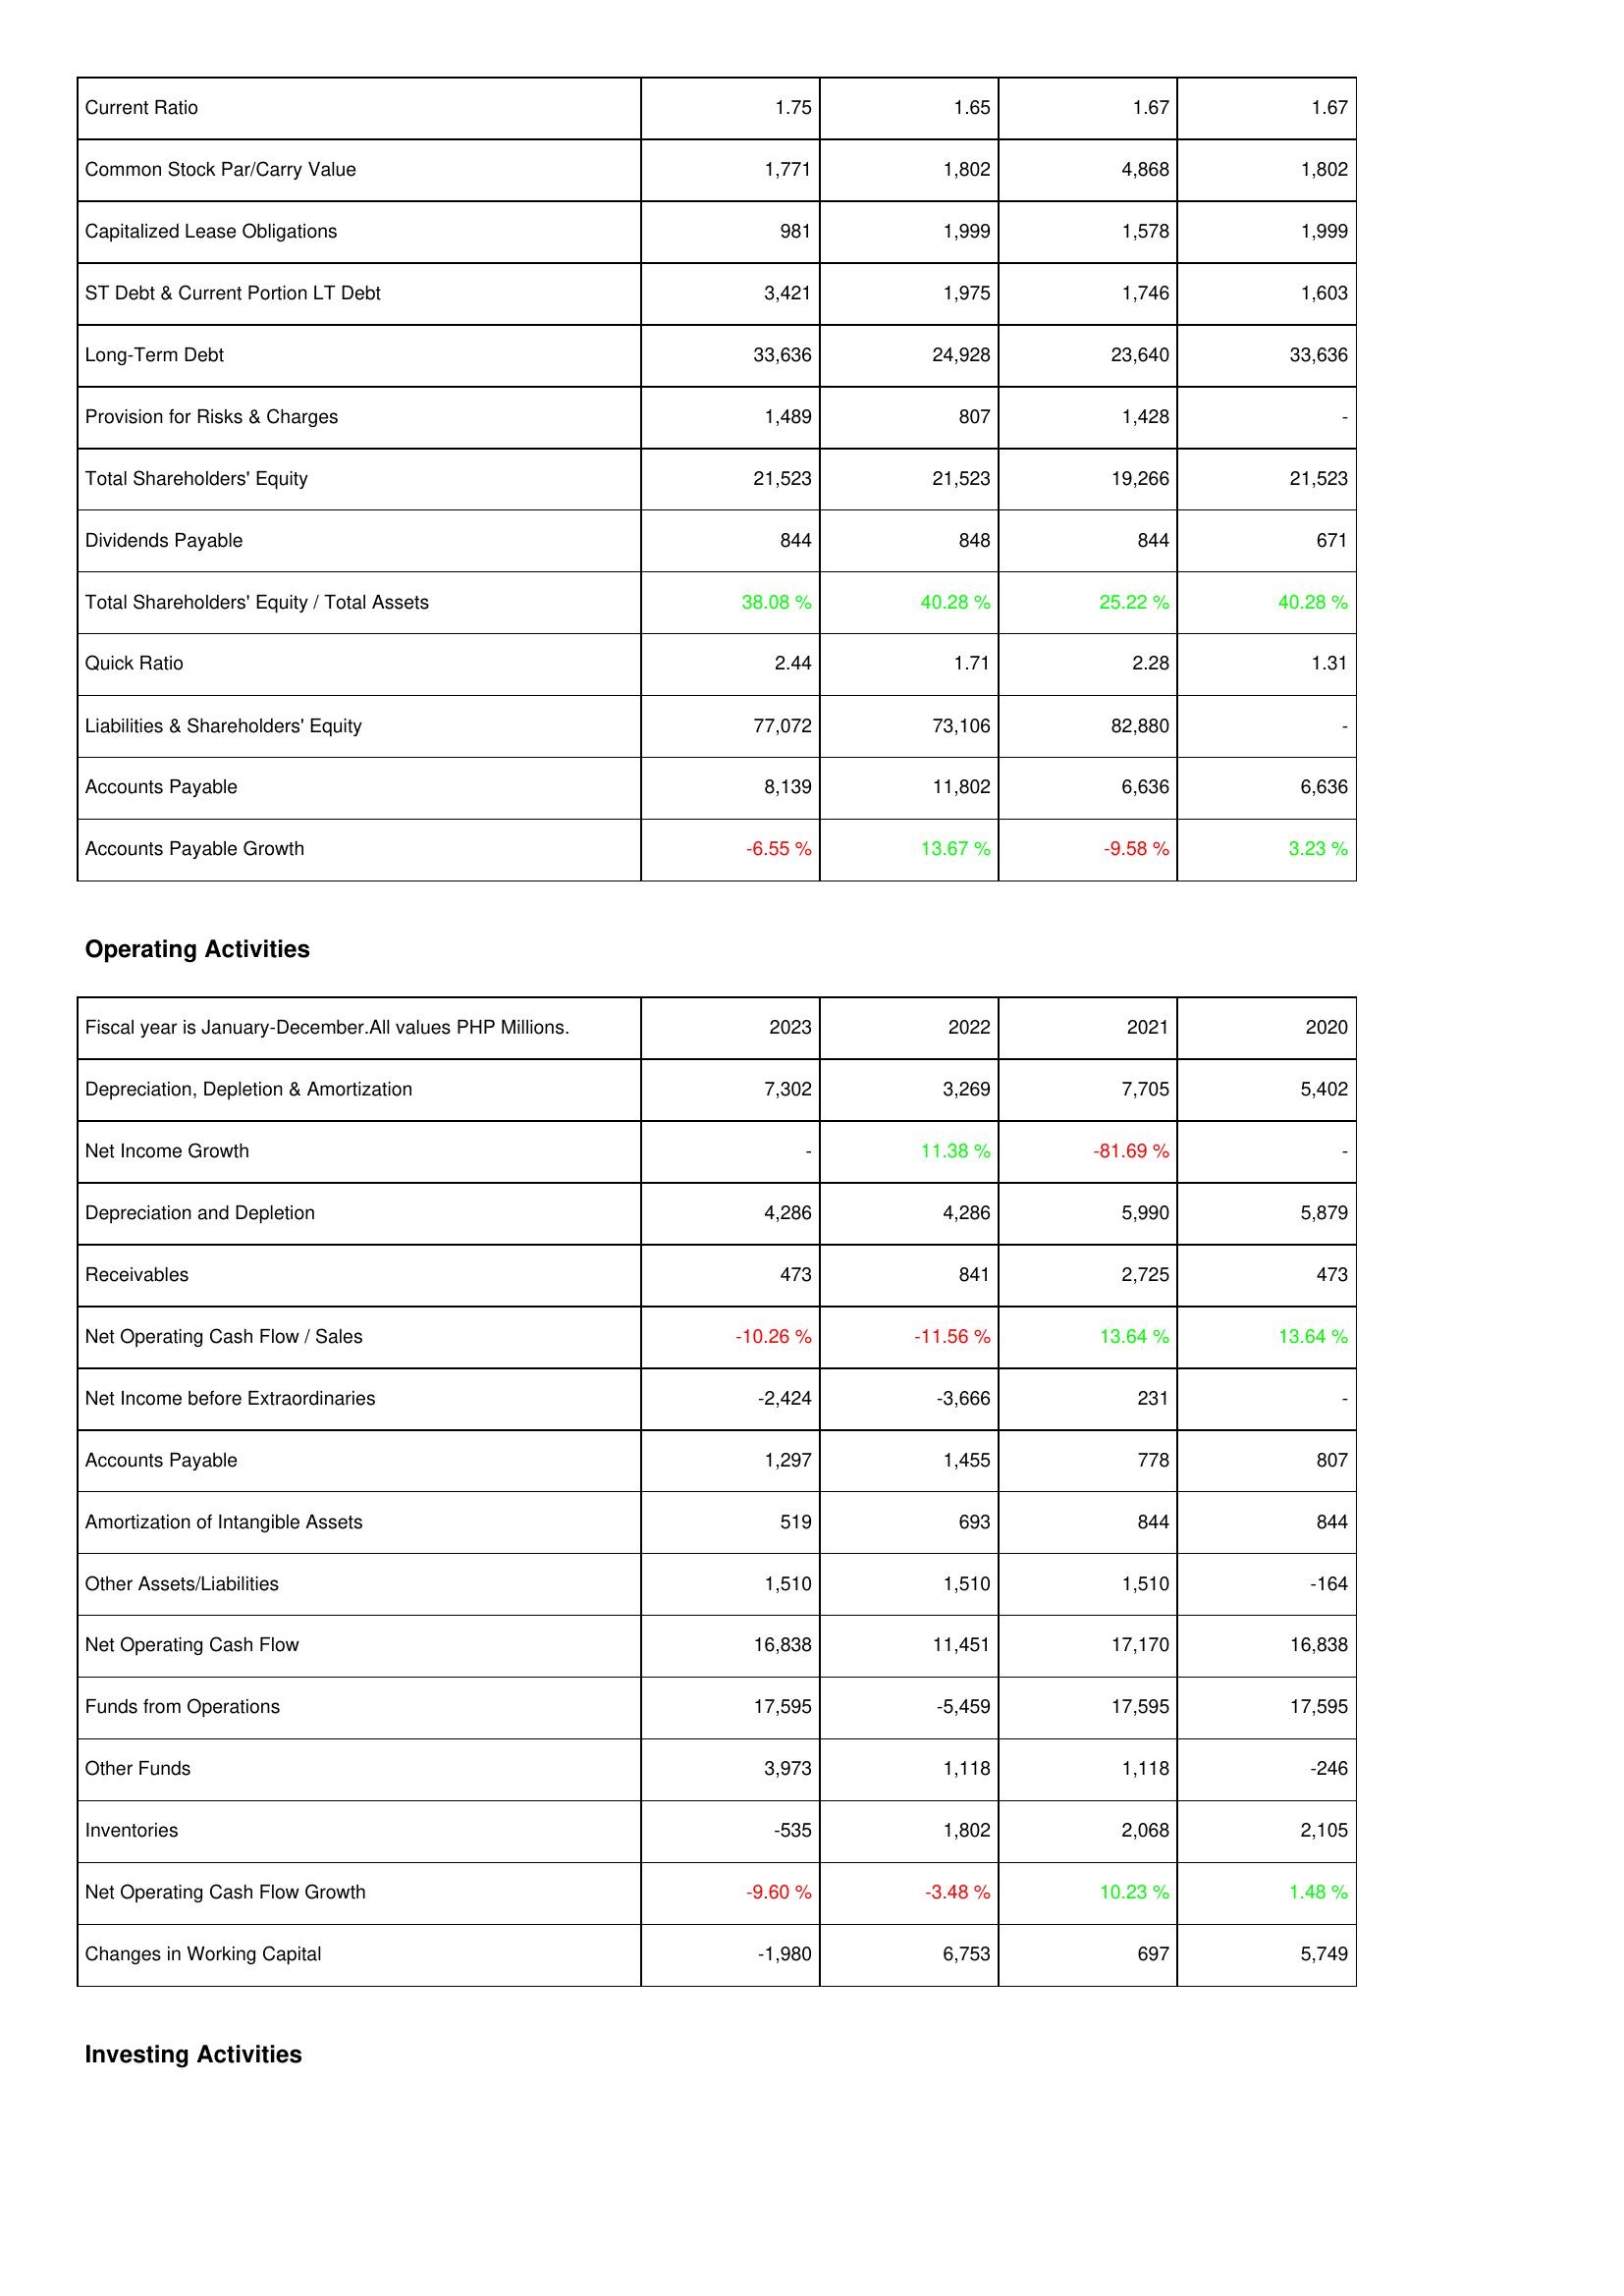
2023: Liabilities & Shareholders' Equity: Current Ratio: 1.75
Common Stock Par/Carry Value: 1,771
Capitalized Lease Obligations: 981
ST Debt & Current Portion LT Debt: 3,421
Long-Term Debt: 33,636
Provision for Risks & Charges: 1,489
Total Shareholders' Equity: 21,523
Dividends Payable: 844
Total Shareholders' Equity / Total Assets: 38.08 %
Quick Ratio: 2.44
Liabilities & Shareholders' Equity: 77,072
Accounts Payable: 8,139
Accounts Payable Growth: -6.55 %
Operating Activities: Depreciation, Depletion & Amortization: 7,302
Net Income Growth: -
Depreciation and Depletion: 4,286
Receivables: 473
Net Operating Cash Flow / Sales: -10.26 %
Net Income before Extraordinaries: -2,424
Accounts Payable: 1,297
Amortization of Intangible Assets: 519
Other Assets/Liabilities: 1,510
Net Operating Cash Flow: 16,838
Funds from Operations: 17,595
Other Funds: 3,973
Inventories: -535
Net Operating Cash Flow Growth: -9.60 %
Changes in Working Capital: -1,980
2022: Liabilities & Shareholders' Equity: Current Ratio: 1.65
Common Stock Par/Carry Value: 1,802
Capitalized Lease Obligations: 1,999
ST Debt & Current Portion LT Debt: 1,975
Long-Term Debt: 24,928
Provision for Risks & Charges: 807
Total Shareholders' Equity: 21,523
Dividends Payable: 848
Total Shareholders' Equity / Total Assets: 40.28 %
Quick Ratio: 1.71
Liabilities & Shareholders' Equity: 73,106
Accounts Payable: 11,802
Accounts Payable Growth: 13.67 %
Operating Activities: Depreciation, Depletion & Amortization: 3,269
Net Income Growth: 11.38 %
Depreciation and Depletion: 4,286
Receivables: 841
Net Operating Cash Flow / Sales: -11.56 %
Net Income before Extraordinaries: -3,666
Accounts Payable: 1,455
Amortization of Intangible Assets: 693
Other Assets/Liabilities: 1,510
Net Operating Cash Flow: 11,451
Funds from Operations: -5,459
Other Funds: 1,118
Inventories: 1,802
Net Operating Cash Flow Growth: -3.48 %
Changes in Working Capital: 6,753
2021: Liabilities & Shareholders' Equity: Current Ratio: 1.67
Common Stock Par/Carry Value: 4,868
Capitalized Lease Obligations: 1,578
ST Debt & Current Portion LT Debt: 1,746
Long-Term Debt: 23,640
Provision for Risks & Charges: 1,428
Total Shareholders' Equity: 19,266
Dividends Payable: 844
Total Shareholders' Equity / Total Assets: 25.22 %
Quick Ratio: 2.28
Liabilities & Shareholders' Equity: 82,880
Accounts Payable: 6,636
Accounts Payable Growth: -9.58 %
Operating Activities: Depreciation, Depletion & Amortization: 7,705
Net Income Growth: -81.69 %
Depreciation and Depletion: 5,990
Receivables: 2,725
Net Operating Cash Flow / Sales: 13.64 %
Net Income before Extraordinaries: 231
Accounts Payable: 778
Amortization of Intangible Assets: 844
Other Assets/Liabilities: 1,510
Net Operating Cash Flow: 17,170
Funds from Operations: 17,595
Other Funds: 1,118
Inventories: 2,068
Net Operating Cash Flow Growth: 10.23 %
Changes in Working Capital: 697
2020: Liabilities & Shareholders' Equity: Current Ratio: 1.67
Common Stock Par/Carry Value: 1,802
Capitalized Lease Obligations: 1,999
ST Debt & Current Portion LT Debt: 1,603
Long-Term Debt: 33,636
Provision for Risks & Charges: -
Total Shareholders' Equity: 21,523
Dividends Payable: 671
Total Shareholders' Equity / Total Assets: 40.28 %
Quick Ratio: 1.31
Liabilities & Shareholders' Equity: -
Accounts Payable: 6,636
Accounts Payable Growth: 3.23 %
Operating Activities: Depreciation, Depletion & Amortization: 5,402
Net Income Growth: -
Depreciation and Depletion: 5,879
Receivables: 473
Net Operating Cash Flow / Sales: 13.64 %
Net Income before Extraordinaries: -
Accounts Payable: 807
Amortization of Intangible Assets: 844
Other Assets/Liabilities: -164
Net Operating Cash Flow: 16,838
Funds from Operations: 17,595
Other Funds: -246
Inventories: 2,105
Net Operating Cash Flow Growth: 1.48 %
Changes in Working Capital: 5,749